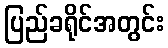
ပြည်ခရိုင်အတွင်း